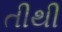
તીથી